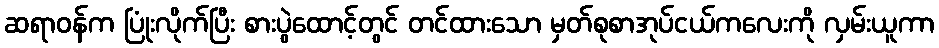
ဆရာဝန်က ပြုံးလိုက်ပြီး စားပွဲထောင့်တွင် တင်ထားသော မှတ်စုစာအုပ်ငယ်ကလေးကို လှမ်းယူကာ